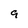
Character: 9